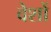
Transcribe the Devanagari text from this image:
वेशों